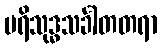
ပရိသုဒ္ဓသင်္ခါတတရာ